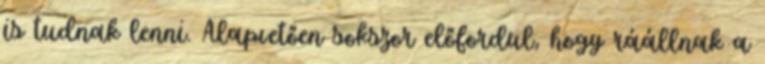
is tudnak lenni. Alapvetően sokszor előfordul, hogy ráállnak a